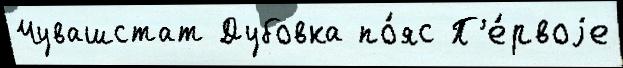
Чувашстат Дубовка по́яс П'е́рвоjе